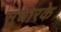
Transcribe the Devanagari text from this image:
सुधारके